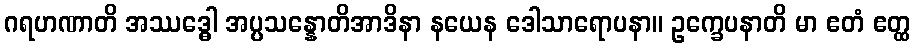
ဂရဟဏာတိ အဿဒ္ဓေါ အပ္ပသန္နောတိအာဒိနာ နယေန ဒေါသာရောပနာ။ ဥက္ခေပနာတိ မာ ဧတံ ဧတ္ထ